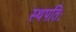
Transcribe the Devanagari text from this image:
स्थपतिः